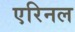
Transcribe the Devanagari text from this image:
एरिनल